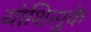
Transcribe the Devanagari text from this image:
योशिसुके